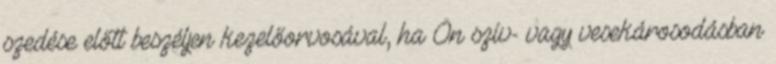
szedése előtt beszéljen kezelőorvosával, ha Ön szív- vagy vesekárosodásban